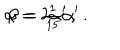
\alpha = 2 \alpha ^ { \prime } \, , \hspace { 1 . 5 c m } \beta = { \textstyle \frac { 1 } { 1 5 } } \alpha ^ { \prime } \, .